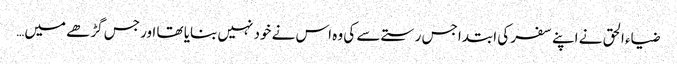
ضیاء الحق نے اپنے سفر کی ابتدا جس رستے سے کی وہ اس نے خود نہیں بنایا تھا اور جس گڑھے میں…